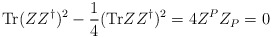
\begin{align*}\mbox{Tr}(ZZ^\dagger)^2 -{1\over 4}(\mbox{Tr}ZZ^\dagger)^2=4Z^PZ_P=0\end{align*}